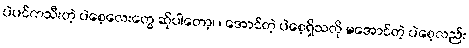
ပဲပင်ကသီးတဲ့ ပဲစေ့လေးတွေ ဆိုပါတော့၊ ၊ အောင်တဲ့ ပဲစေ့ရှိသလို မအောင်တဲ့ ပဲစေ့လည်း